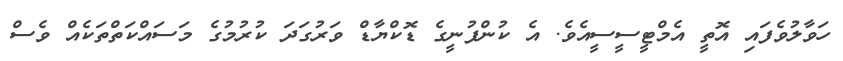
ހަވާލުވެފައި އޮތީ އެމްޓީސީސީއެވެ. އެ ކުންފުނީގެ ޑޮކްޔާޑް ވަރުގަދަ ކުރުމުގެ މަސައްކަތްތަކެއް ވެސް